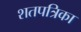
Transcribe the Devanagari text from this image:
शतपत्रिका